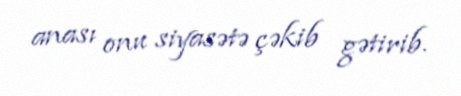
anası onu siyasətə çəkib gətirib.